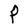
Character: P